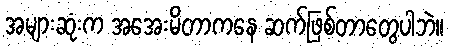
အများဆုံးက အအေးမိတာကနေ ဆက်ဖြစ်တာတွေပါဘဲ။